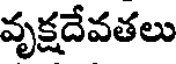
వృక్షదేవతలు